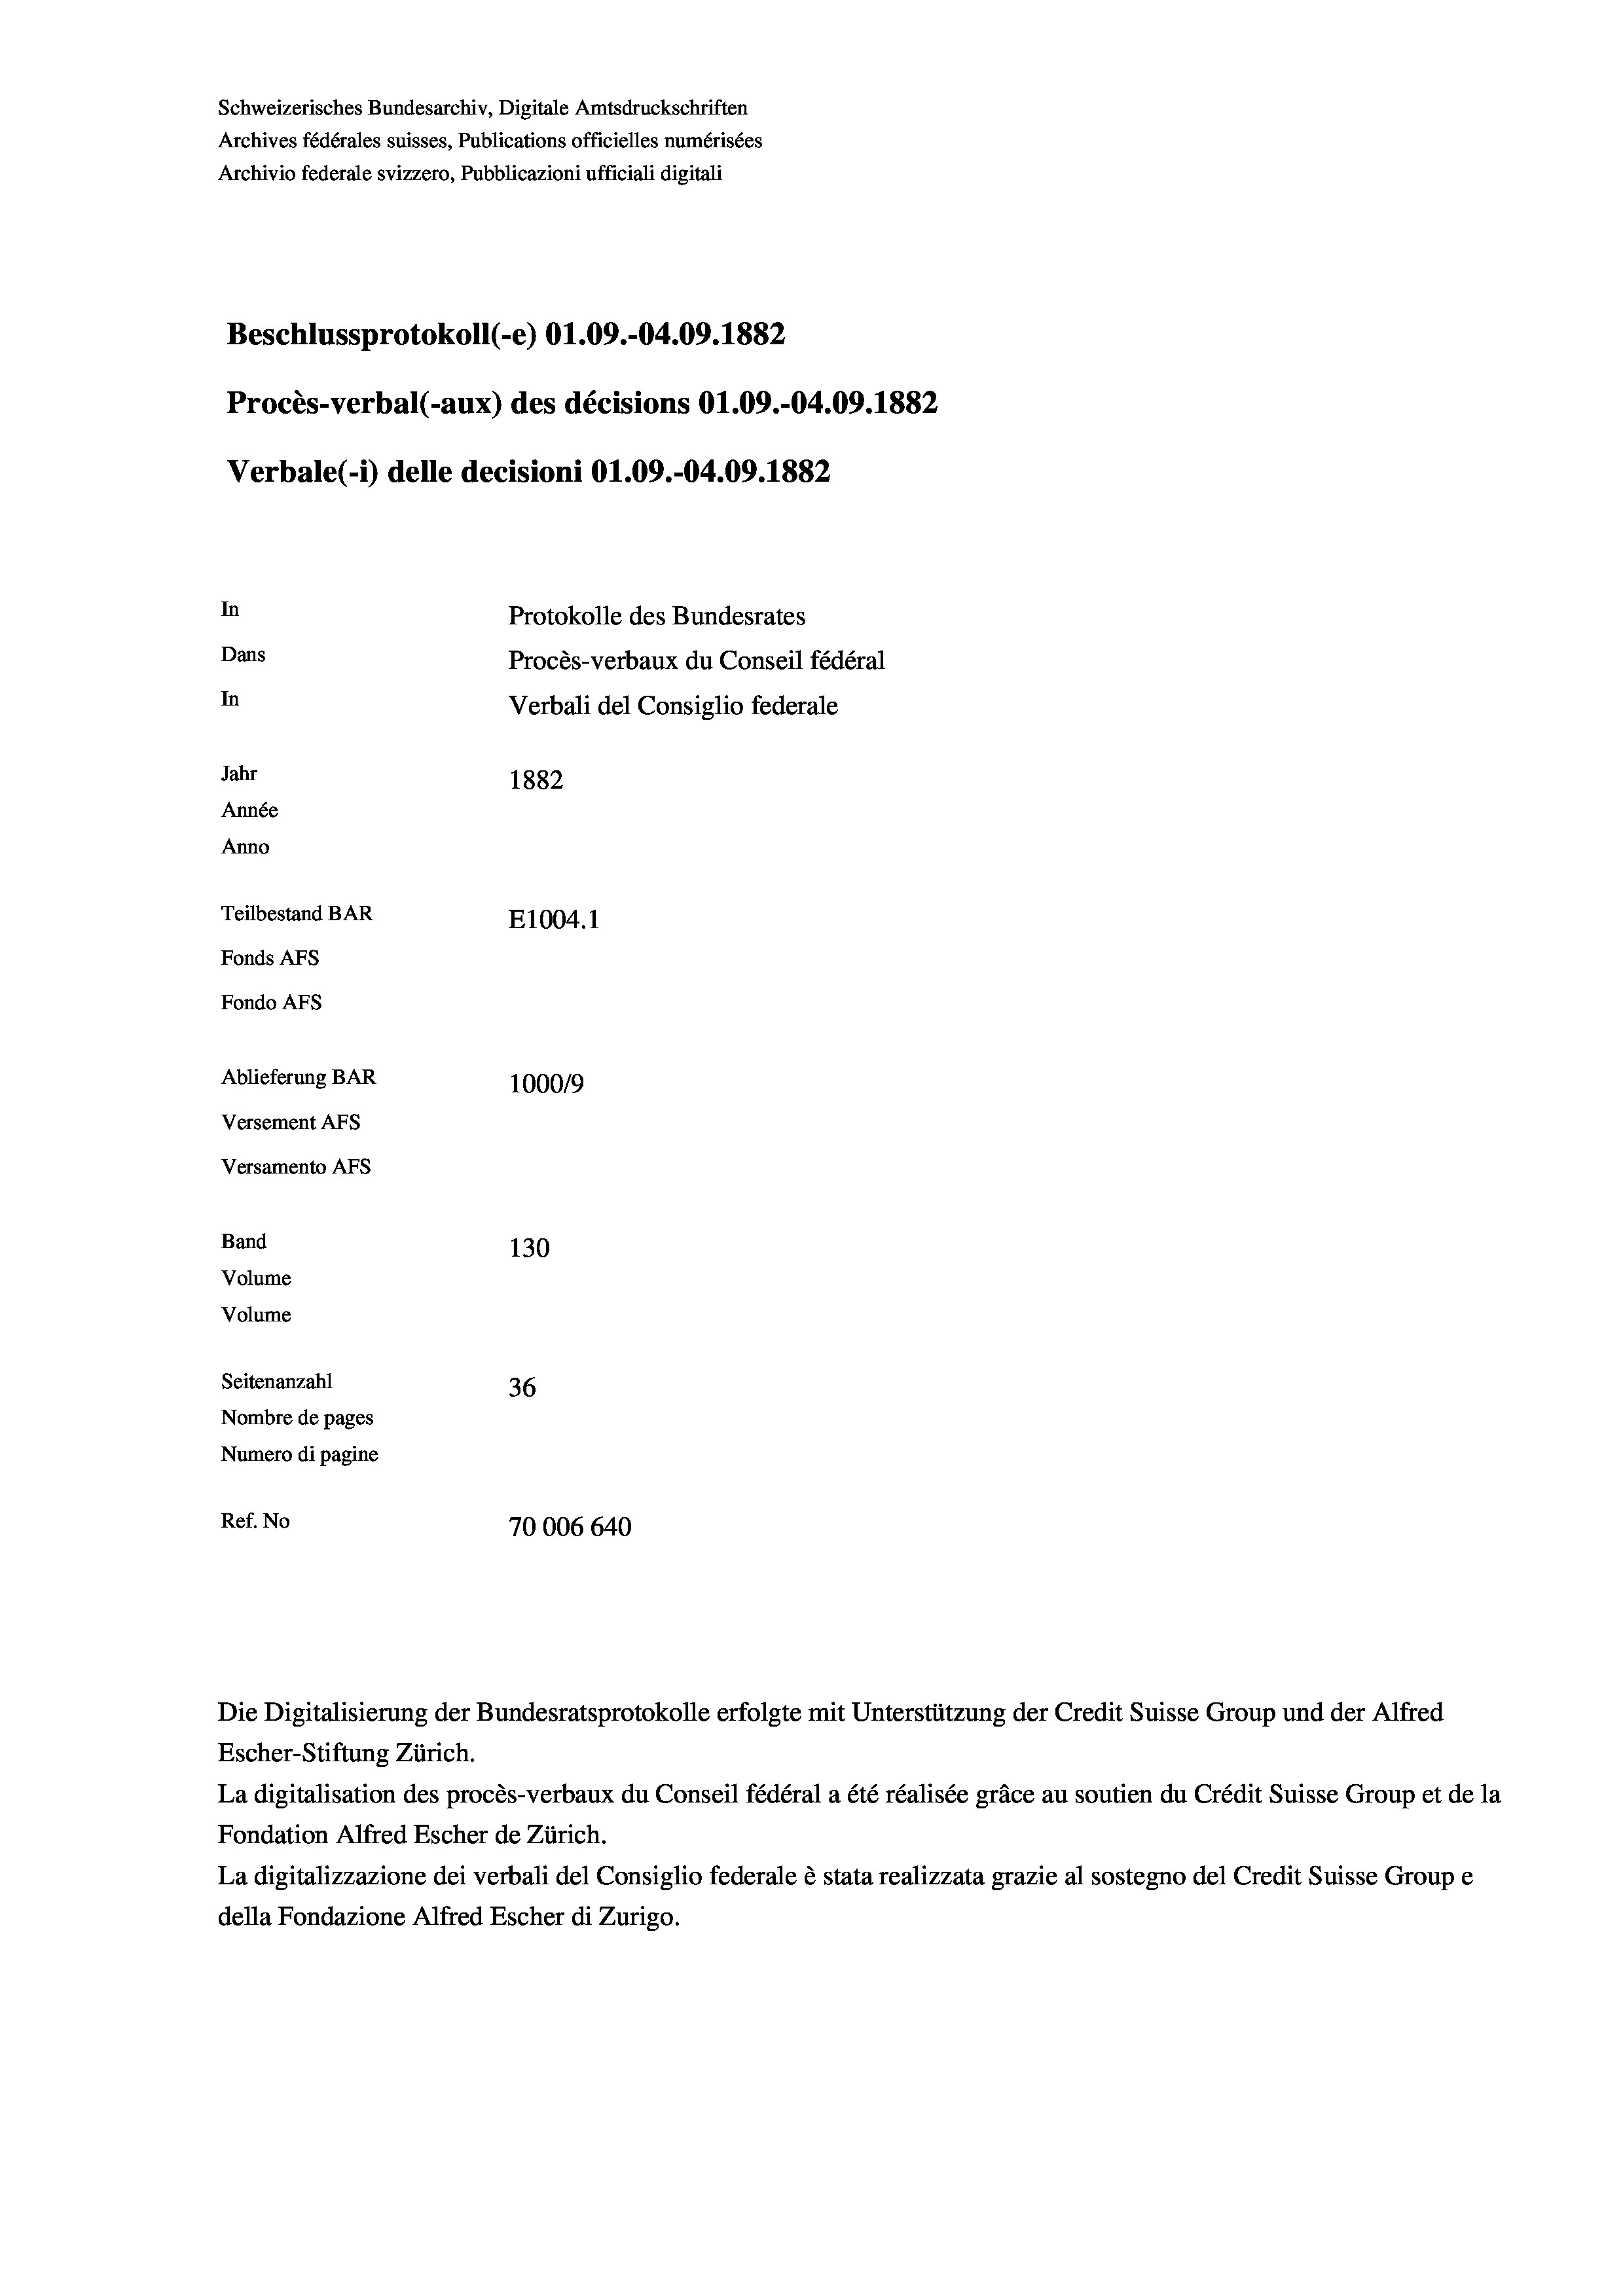
Schweizerisches Bundesarchiv, Digitale Amtsdruckschriften
Archives fédérales suisses, Publications officielles numérisées
Archivio federale svizzero, Pubblicazioni ufficiali digitali
Beschlussprotokoll (-e) 01.09.-04.09. 1882
Procès-verbal (-aux) des décisions 01.09.-04.09. 1882
Verbale(-*) delle decisioni O1.09.-04.09. 1882
In
Protokolle des Bundesrates
Dans
Procès-verbaux du Conseil fédéral
In
Verbali del Consiglio federale
Jahr
1882
Année
Anno
Teilbestand BAR
E1004.1
Fonds AFs
Fondo AFS
Ablieferung BAR
100019
Versement AFs
Versamento AFs
Band
130
Volume
Volume
Seitenanzahl
36
Nombre de pages
Numero di pagine
Ref. No
70006 640

Die Digitalisierung der Bundesratsprotokolle erfolgte mit Unterstützung der Credit Suisse Group und der Alfred
Escher-Stiftung Zürich.
La digitalisation des procès-verbaux du Conseil fédéral a été réalisée gräce au soutien du Crédit Suisse Group et de la
Fondation Alfred Escher de Zürich.
La digitalizzazione dei verbali del Consiglio federale è stata realizzata grazie al sostegno del Credit Suisse Groupe
della Fondazione Alfred Escher di Zurigo.